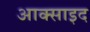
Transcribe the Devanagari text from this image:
आक्साइद